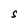
Character: S